Report on lock hospitals in British Burma
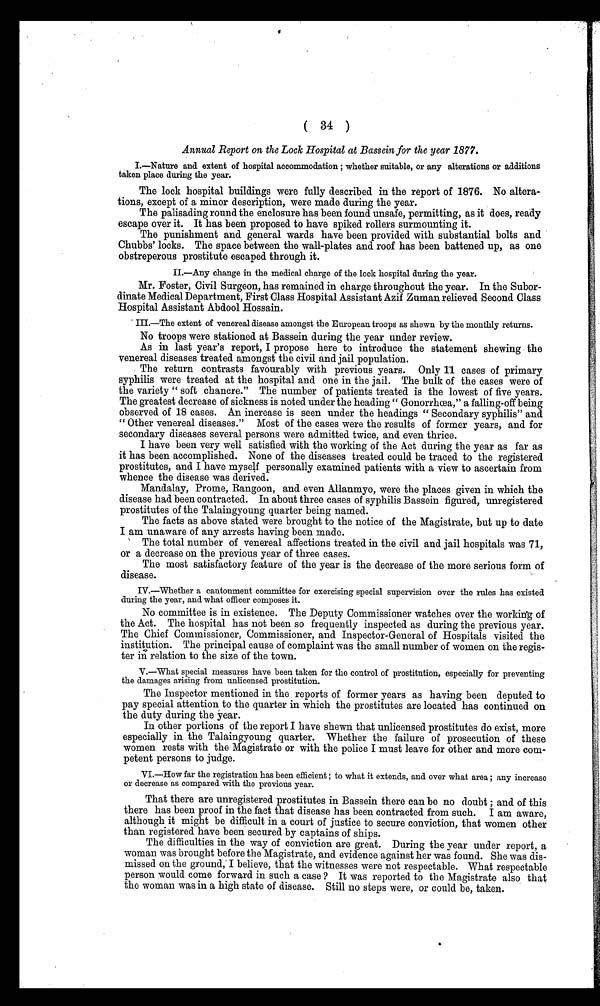
( 34 )
Annual Report on the Lock Hospital at Bassein for the year 1877.
I.—Nature and extent of hospital accommodation ; whether suitable, or any alterations or additions
taken place during the year.
The lock hospital buildings were fully described in the report of 1876. No altera
tions, except of a minor description, were made during the year.
The palisading round the enclosure has been found unsafe, permitting, as it does, ready
escape over it. It has been proposed to have spiked rollers surmounting it.
The punishment and general wards have been provided with substantial bolts and
Chubbs' locks. The space between the wall-plates and roof has been battened up, as one
obstreperous prostitute escaped through it.
II.—Any change in the medical charge of the lock hospital during the year.
Mr. Foster, Civil Surgeon, has remained in charge throughout the year. In the Subor
dinate Medical Department, First Class Hospital Assistant Azif Zuman relieved Second Class
Hospital Assistant Abdool Hossain.
III.—The extent of venereal disease amongst the European troops as shown by the monthly returns.
No troops were stationed at Bassein during the year under review.
As in last year's report, I propose here to introduce the statement shewing the
venereal diseases treated amongst the civil and jail population.
The return contrasts favourably with previous years. Only 11 cases of primary
syphilis were treated at the hospital and one in the jail. The bulk of the cases were of
the variety " soft chancre." The number of patients treated is the lowest of five years.
The greatest decrease of sickness is noted under the heading " Gonorrhoea," a falling-off being
observed of 18 cases. An increase is seen under the headings " Secondary syphilis" and
" Other venereal diseases." Most of the cases were the results of former years, and for
secondary diseases several persons were admitted twice, and even thrice.
I have been very well satisfied with the working of the Act during the year as far as
it has been accomplished. None of the diseases treated could be traced to the registered
prostitutes, and I have myself personally examined patients with a view to ascertain from
whence the disease was derived.
Mandalay, Prome, Rangoon, and even Allanmyo, were the places given in which the
disease had been contracted. In about three cases of syphilis Bassein figured, unregistered
prostitutes of the Talaingyoung quarter being named.
The facts as above stated were brought to the notice of the Magistrate, but up to date
I am unaware of any arrests having been made.
The total number of venereal affections treated in the civil and jail hospitals was 71,
or a decrease on the previous year of three cases.
The most satisfactory feature of the year is the decrease of the more serious form of
disease.
IV.—Whether a cantonment committee for exercising special supervision over the rules has existed
during the year, and what officer composes it.
No committee is in existence. The Deputy Commissioner watches over the working of
the Act. The hospital has not been so frequently inspected as during the previous year.
The Chief Commissioner, Commissioner, and Inspector-General of Hospitals visited the
institution. The principal cause of complaint was the small number of women on the regis
ter in relation to the size of the town.
V.—What special measures have been taken for the control of prostitution, especially for preventing
the damages arising from unlicensed prostitution.
The Inspector mentioned in the reports of former years as having been deputed to
pay special attention to the quarter in which the prostitutes are located has continued on
the duty during the year.
In other portions of the report I have shewn that unlicensed prostitutes do exist, more
especially in the Talaingyoung quarter. Whether the failure of prosecution of these
women rests with the Magistrate or with the police I must leave for other and more com
p e t e n t p e r s o n s t o j u d g e .
VI.—How far the registration has been efficient ; to what it extends, and over what area ; any increase
or decrease as compared with the previous year.
That there are unregistered prostitutes in Bassein there can be no doubt ; and of this
there has been proof in the fact that disease has been contracted from such. I am aware,
although it might be difficult in a court of justice to secure conviction, that women other
than registered have been secured by captains of ships.
The difficulties in the way of conviction are great. During the year under report, a
woman was brought before the Magistrate, and evidence against her was found. She was dis
missed on the ground, I believe, that the witnesses were not respectable. What respectable
person would come forward in such a case ? It was reported to the Magistrate also that
the woman was in a high state of disease. Still no steps were, or could be, taken.